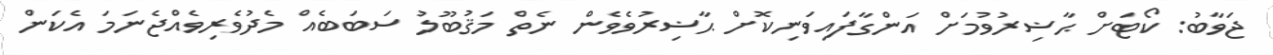
ޖަވާބު: ކޯޓަށް ޙާޟިރުވުމަށް އަންގާފައިވަނިކޮށް ޙާޟިރުވެވެން ނެތް މަޤުބޫލު ސަބަބެއް މެދުވެރިވެއްޖެނަމަ އެކަން